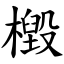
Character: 檓